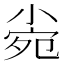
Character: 𡮄